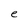
Character: e